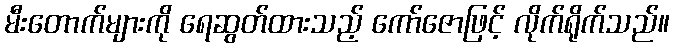
မီးတောက်များကို ရေဆွတ်ထားသည့် ကော်ဇောဖြင့် လိုက်ရိုက်သည်။